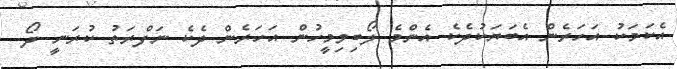
އެކަމަކު އަހަރެން އެބަޔަކުދެކެ އެންމެ ލޯބިވިމީހުން އަހަރެން ދެކެ ނަފްރަތު ކުރަނީ ދޯ.